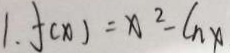
1 . f ( x ) = x ^ { 2 } - \ln x